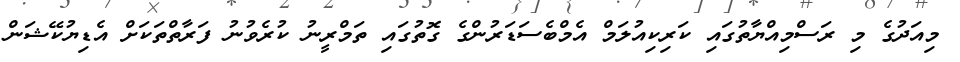
މިއަދުގެ މި ރަސްމިއްޔާތުގައި ކަރިކިއުލަމް އެމްބެސަޑަރުންގެ ގޮތުގައި ތަމްރީނު ކުރެވުނު ފަރާތްތަކަށް އެޑިޔުކޭޝަން